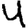
Digit: 4